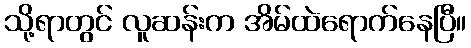
သို့ရာတွင် လူဆန်းက အိမ်ထဲရောက်နေပြီ။